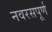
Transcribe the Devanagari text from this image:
नवरसपूर्ण